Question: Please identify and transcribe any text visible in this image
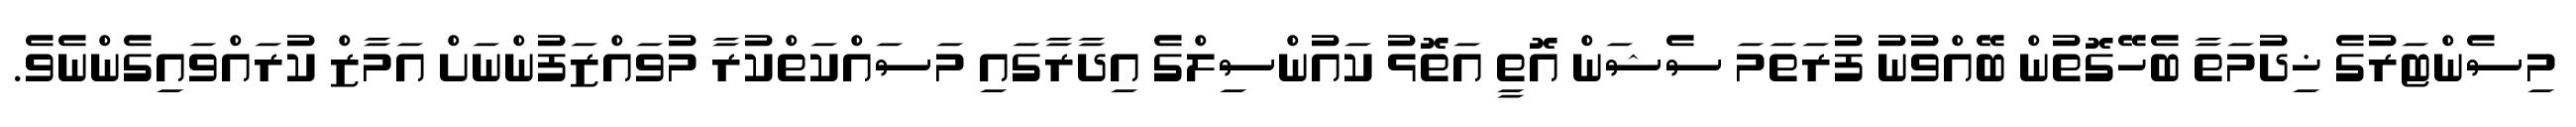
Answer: މިސެންޓަރުގެ ޚިދުމަތާ ބެހޭގޮތުން ބޭއްވުނު ފުރަތަމަ ސެޝަން އޮތީ އަތޮޅު ކައުންސިލްގެ އިދާރާގައި މަސައްކަތްކުރާ މުވައްޒަފުންނަށް އަމާޒް ކުރައްވައިގެންނެވެ.